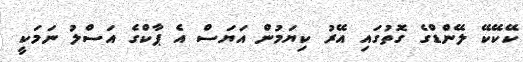
ކޭކޭކޭ ލޭންޑްގެ ގޮތުގައި އޭރު ކިޔަމުން އަޔަސް އެ ޕާކްގެ އަސްލު ނަމަކީ